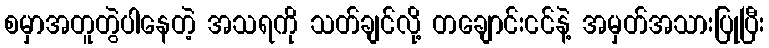
စမှာအတူတွဲပါနေတဲ့ အသရကို သတ်ချင်လို့ တချောင်းငင်နဲ့ အမှတ်အသားပြုပြီး